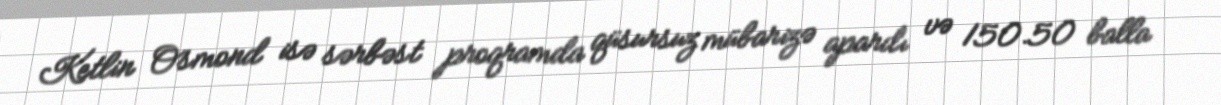
Ketlin Osmond isə sərbəst proqramda qüsursuz mübarizə apardı və 150.50 balla